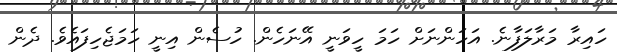
ހައިރާ މަރާލަފާނެ. އަހަންނަށް ހަމަ ހީވަނީ އޭނަހެން. ހުސެން އިނީ ހަމަޖެހިފައެވެ. ދެން